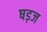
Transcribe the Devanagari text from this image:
षड़ज